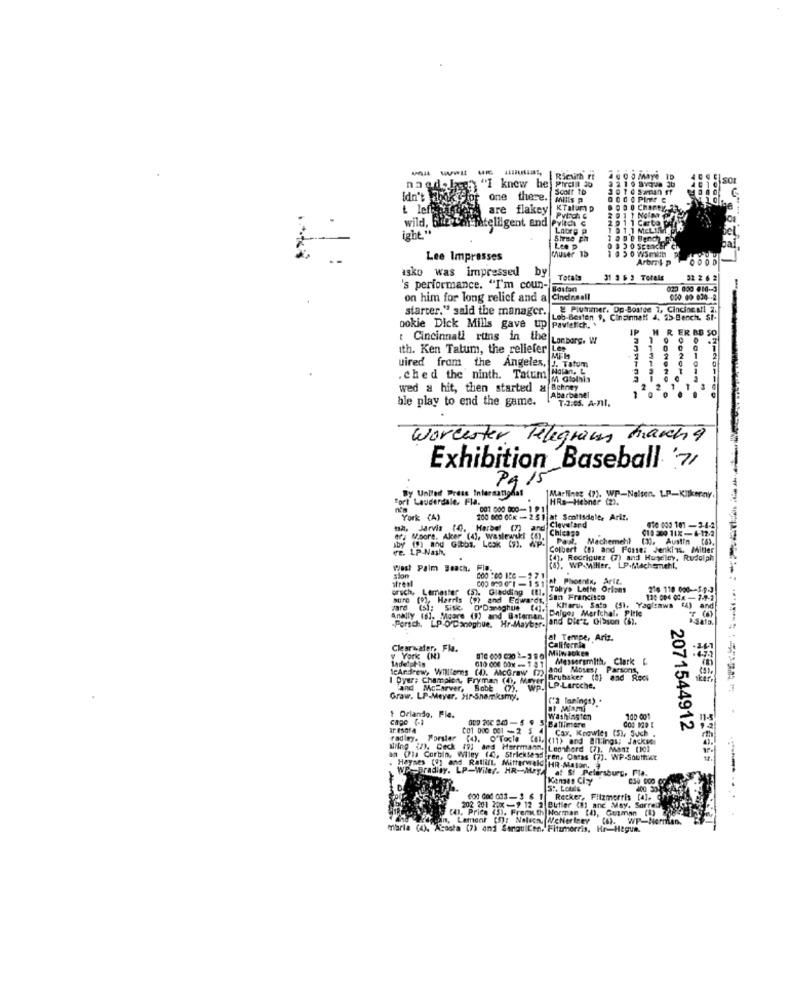
naed. Is:" "I knew he Pirenl 10
Scott ID
Idn't
One there.
MIIES P
t left
are flakey
KTalump
wild,
if fatelligent and Pvitch C
LAorg p
MAUser 15
Lee p
Lee Impresses
asko was impressed
by
Totals
32 2 6 2
's performance. "I'm coun-
on him for long relief and a Cindesell
starter." said the manager.
Plutræner. Op-Bostee 1, Cincincai 2.
Lob Besten 9, Cinonnatt 4, 25-Bench. St-
Lob-Besten
ookie Dick Mills gave up
H R ER BB SO
Cincinnati ruins in the
Lombarg. W
ith. Ken Tatum, the reliefer Lep
3 10
uired from the Angeles,
. ched the ninth. Tatum Wolen. C
wed a hit, then started a Schrey
2 2
ble play to end the game.
7.2:05. A-711.
Worcester Telegram Marcha
Exhibition Baseball '7/
PA 15
By United Press International
fort Lauderdale, Fla.
Marlines (7). WP-Nelsen. LP-Kilkenny
HRs-Hebner (2).
001 000 000-1 91
York (A)
200 800 OCK - 2.51 at Sontisdele, Ariz.
Cleveland
. Jarvis .
Harbel (7)
Chicago
014 300 11X-6-12-2
010 000 101 -3-4-2
er; Moore. Aker (4), wasleurski (5).
(9) mhd Gibbs, Lesk (7).
Machemehl
(30. Austfm (63.
ve. LP Nash,
Colbert (8) and Fosses Jenkins. Miller
[4]. Rodriquez (7) and Kuscley, Rudolph
Post Palm Beach, Flp.
(a), WP-Miller, LP-Machsmehl,
strenl
fat Phoenix, Arit.
orsch,
Limastor
Gladding (1).
Tolys Lotte Orions
216 110 000 -- 5.9.3
Sure
Harris (9) and Edwards, san Francisco
12: 004 0Cx -7-9-2
Tard
(5); Sisk O'Donoghue (q.
Klaru. Sato (S). Yagl:mwa
Anally (6], Moore (1) and Gotoman.
.Porsch, LP-O'Donoghue. Hr.Mayber-
Balges Marichal. Pirle
and Die'z Gibson
Sala
at Tempe, Ariz.
Clearwater, Fla.
California
y York (N)
Ladelphis
010 000 00x -1 41
Messersmith. Clark C
IcAndrew, Williams (0). McGraw (22)
and Moses: Parsons,
Brubaker (8] and Red
I Dyer: Champion, Fryman (CD, MOVE LP-Larcche.
and McFarver, Bobb (7).
Graw. LP-Meyer. Hr-Shamksmy.
("2 lanings) .
at Miami
cago (-1
Orlando, Fle.
Washington
100 001
ar. esofA
Cax, Knowles (5), Such .
2071544912
radimy.
Porsier
(4). O'Tocte (al. (11) and Bil:ings; Jacksdı
WNing (2). Deck (9) and Herrmann. Leonherd (7), Ment (10)
an (Pla Corbin, Wiley f ., Stricktend
piren, Oatas (7). WP-Southict
Haynes (1) and Ratlill, Mitterwald HR-Mason,
WP-Bradley. LP-Wile/. HR-May, at St Petersburg, Mila.
Kansas City
5 .. Louis
-
Rocker, Fitzmorris [4].
(41. Price (5). Fremuth Norman (h), Guzman (0)
202 201 5 -9 12
202 201 22XX -9 12 2 Butler (81 and May. Sorrel
in, Lament (5): Nolacm. WeNeriney (6). WP-Normen.
maria (4), Acosta (7) and Sangullen. Fitumnorris, Hr-Hegun.